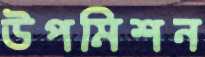
উপমিশন